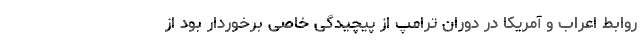
روابط اعراب و آمریکا در دوران ترامپ از پیچیدگی خاصی برخوردار بود از